Vital statistics of India. Vol. V, Reports of 1876 on armies & jails and on epidemic cholera
Year: 1876
Disease focus: Cholera
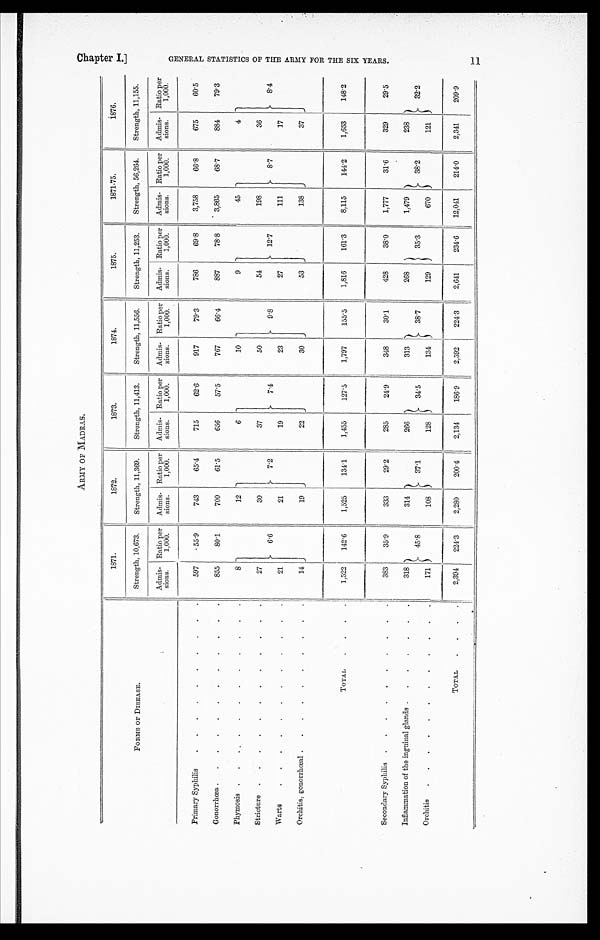
ARMY OF MADRAS.
FORMS OF DISEASE.
1871.
1872.
1873.
1874.
1875.
1871-75.
1876.
Strength, 10,673.
Strength, 11,369.
Strength, 11,413.
Strength, 11,556.
Strength, 11,253.
Strength, 56,264.
Strength, 11,155.
Admis-
Sions.
Ratio per
1,000.
Admis-
sions.
Ratio per
1,000.
Admis-
sions.
Ratio per
1,000.
Admis-
sions.
Ratio per
1,000.
Admis-
sions.
Ratio per
1,000.
Admis-
sions.
Ratio per
1,000.
Admis-
sions.
Ratio per
1,000.
Primary Syphilis . . .
597
55.9
743
65.4
715
62.6
917
79.3
786
69.8
3,758
66.8
675
60.5
Gonorrhœa . . .
855
80.1
700
61.5
656
57.5
767
66.4
887
78.8
3,865
68.7
884
79.3
Phymosis . . .
8
6.6
12
7.2
6
7.4
10
9 . 8
9
12.7
45
8.7
4
8.4
Stricture . . .
27
30
37
50
54
198
36
Warts
.
.
.
21
21
19
23
27
111
17
Orchitis, gonorrhœal . . .
14
19
22
30
53
138
37
TOTAL . . .
1,522
142.6
1,525
134.1
1,455
127.5
1,797
155.5
1,816
161.3
8,115
144.2
1,653
148.2
Secondary Syphilis . . .
383
35.9
333
29.2
285
24.9
348
30.1
428
38.0
1,777
31.6
329
29.5
Inflammation of the inguinal glands . . .
318
45.8
314
37.1
266
34.5
313
38.7
268
35.3
1,479
38.2
238
3 2 . 2
Orchitis
.
.
.
171
108
128
134
129
670
121
TOTAL . . .
2,394
224.3
2,280
200.4
2,134
186.9
2,592
224.3
2,641
234.6
12,041
214.0
2,341
209.9
C h a p t e r I .
G E N E R A L S T A T I S T I C S O F T H E A R M Y F O R T H E S I X Y E A R S .